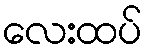
လေးထပ်